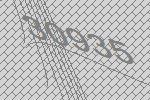
30935